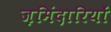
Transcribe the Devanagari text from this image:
ज़मिंदारियों